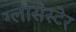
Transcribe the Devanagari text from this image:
ग्लौसेस्टेर